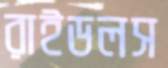
রাইডলস